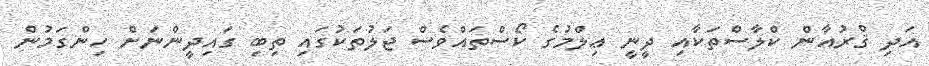
އަދި ޤްރުއާން ކްލާސްތަކާއި ދީނީ ޢިލްމުގެ ކޯސްތައްވެސް ޖަލުތަކުގައި ތިބި ގައިދީންނަށް ހިންގަމުން